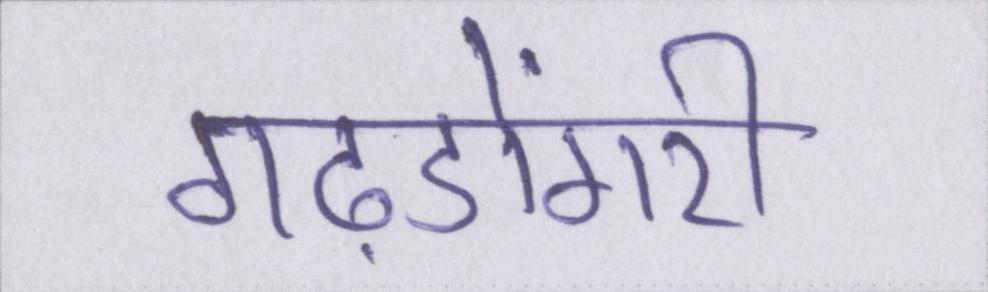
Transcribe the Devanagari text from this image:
गढ़डोंगरी